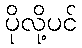
ပိုလို့ပင်